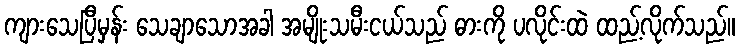
ကျားသေပြီမှန်း သေချာသောအခါ အမျိုးသမီးငယ်သည် ဓားကို ပလိုင်းထဲ ထည့်လိုက်သည်။